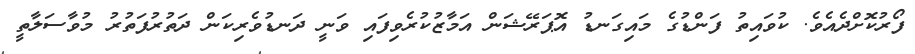
ފޯރުކޮށްދެއެވެ. ކުވައިތު ފަންޑުގެ މައިގަނޑު އޮޕަރޭޝަން އަމާޒުކުރެވިފައި ވަނީ ދަނޑުވެރިކަން ދަތުރުފަތުރު މުވާސަލާތީ